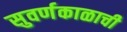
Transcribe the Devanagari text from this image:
सुवर्णकाळाची